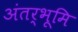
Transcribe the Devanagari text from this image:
अंतर्भूमि